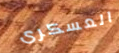
العسكرى